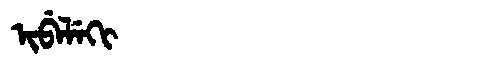
Manchu: ᡳᠪᡝᠯᡝᡴᡳ
Romanization: IBELEKI